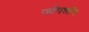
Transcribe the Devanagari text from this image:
जाँगशाँग